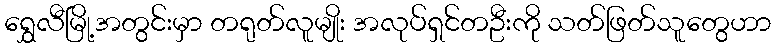
ရွှေလီမြို့အတွင်းမှာ တရုတ်လူမျိုး အလုပ်ရှင်တဦးကို သတ်ဖြတ်သူတွေဟာ